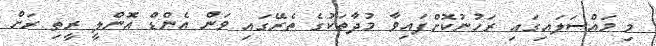
މި މައްސަލައިގައި ރަހުނުކޮށްފައިވާ މުދާތަކުގެ ތެރޭގައި ވަން އެންޑް އޮންލީ ރީތި ރަށް